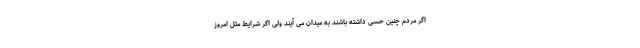
اگر مردم چنین حسی داشته باشند به میدان می آیند ولی اگر شرایط مثل امروز